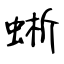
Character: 蜥